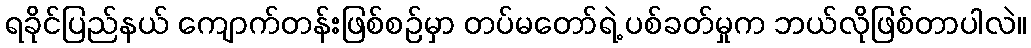
ရခိုင်ပြည်နယ် ကျောက်တန်းဖြစ်စဉ်မှာ တပ်မတော်ရဲ့ ပစ်ခတ်မှုက ဘယ်လိုဖြစ်တာပါလဲ။